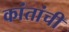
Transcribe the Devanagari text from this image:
कांतांची